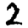
Digit: 2